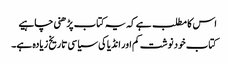
اس کا مطلب ہے کہ یہ کتاب پڑھنی چاہیے
کتاب خود نوشت کم اور انڈیا کی سیاسی تاریخ زیادہ ہے۔